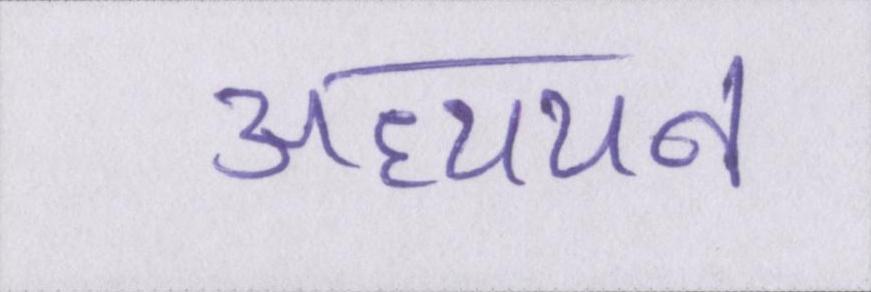
अध्ययन